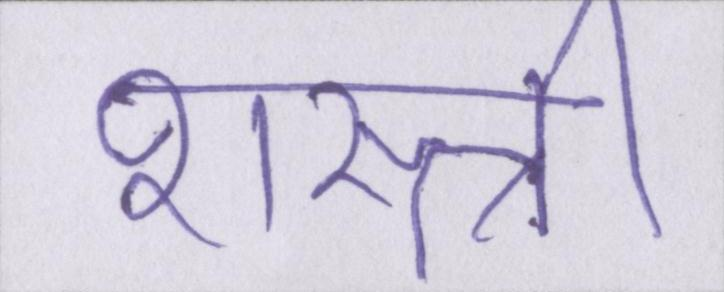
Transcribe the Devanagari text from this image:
शास्त्री